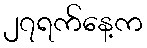
၂၇ရက်နေ့က